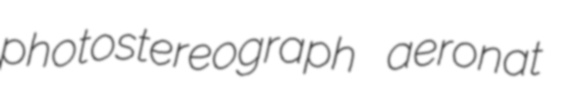
photostereograph aeronat